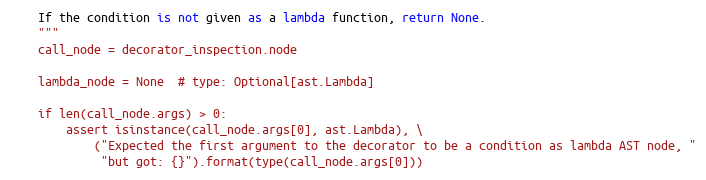
Language: Python
    If the condition is not given as a lambda function, return None.
    """
    call_node = decorator_inspection.node

    lambda_node = None  # type: Optional[ast.Lambda]

    if len(call_node.args) > 0:
        assert isinstance(call_node.args[0], ast.Lambda), \
            ("Expected the first argument to the decorator to be a condition as lambda AST node, "
             "but got: {}").format(type(call_node.args[0]))